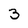
Character: 3